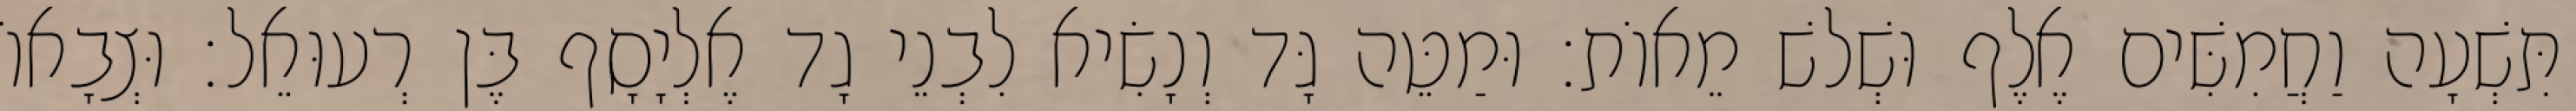
תִּשְׁעָה וַחֲמִשִּׁים אֶלֶף וּשְׁלשׁ מֵאוֹת׃ וּמַטֵּה גָּד וְנָשִׂיא לִבְנֵי גָד אֶלְיָסָף בֶּן רְעוּאֵל׃ וּצְבָאוֹ